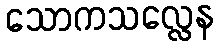
သောကသလ္လေန